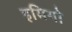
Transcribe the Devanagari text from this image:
इमिगो